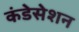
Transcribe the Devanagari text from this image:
कंडेसेशन